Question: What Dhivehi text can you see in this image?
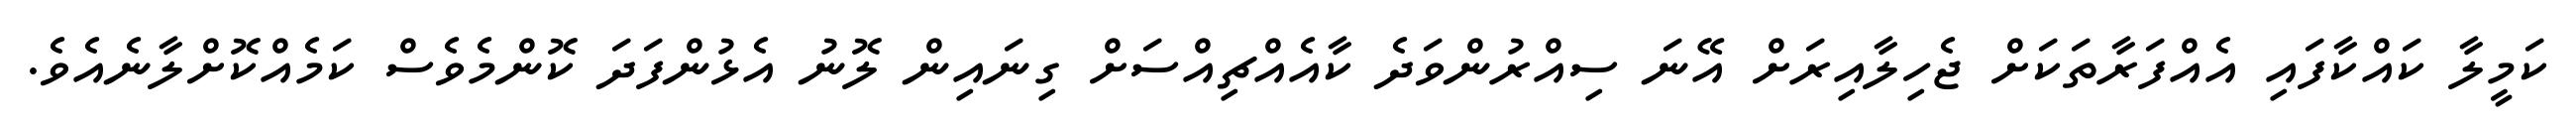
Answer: ކަމީލާ ކައްކާފައި އެއްފަރާތަކަށް ޖެހިލާއިރަށް އޭނަ ސިއްރުންވަދެ ކާއެއްޗިއްސަށް ގިނައިން ލޮނު އެޅުންފަދަ ކޮންމެވެސް ކަމެއްކޮށްލާނެއެވެ.